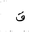
Letter: _qaf